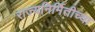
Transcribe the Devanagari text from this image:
राज्यनिर्मितीच्या